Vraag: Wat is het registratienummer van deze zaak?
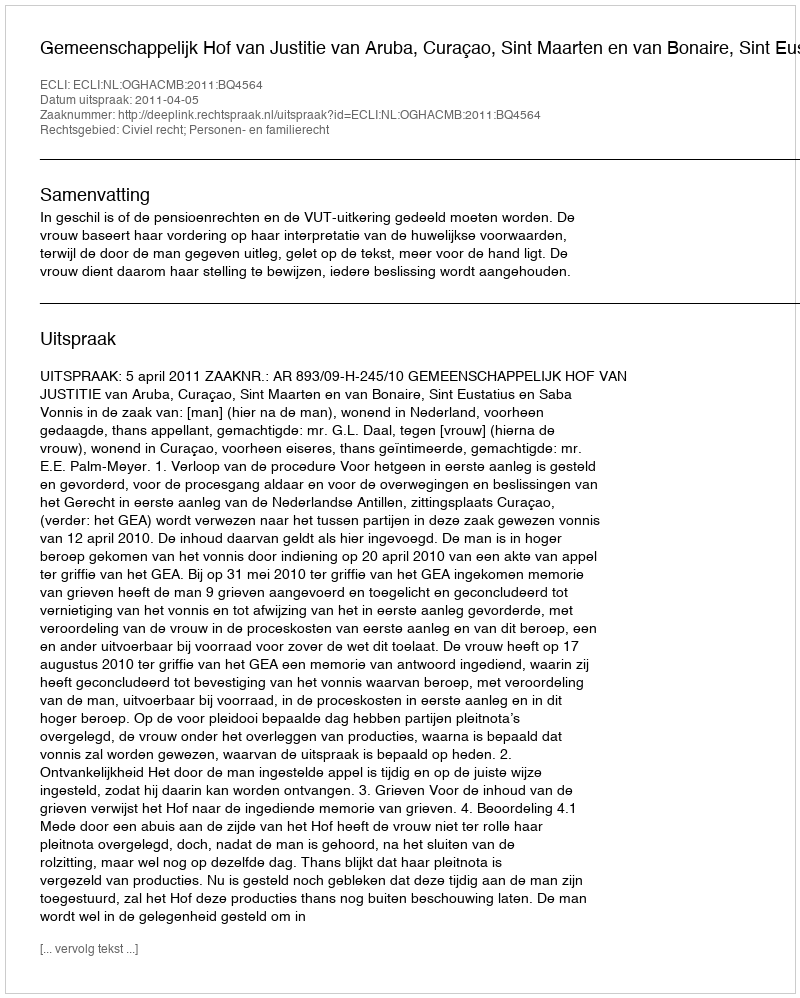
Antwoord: http://deeplink.rechtspraak.nl/uitspraak?id=ECLI:NL:OGHACMB:2011:BQ4564